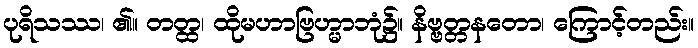
ပုရိသဿ၊ ၏။ တတ္ထ၊ ထိုမဟာဗြဟ္မာဘုံ၌။ နိဗ္ဗတ္တနတော၊ ကြောင့်တည်း။